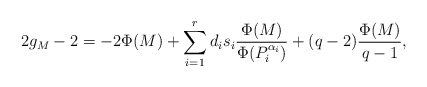
\begin{align*}2g_M - 2 = -2\Phi(M) + \sum_{i = 1}^r d_is_i\frac{\Phi(M)}{\Phi(P_i^{\alpha_i})} + (q-2)\frac{\Phi(M)}{q-1},\end{align*}